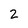
Character: 2